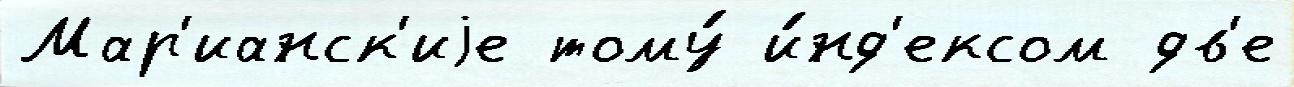
Мар'ианск'иjе тому́ и́нд'ексом дв'е